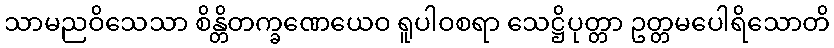
သာမညဝိသေသာ စိန္တိတက္ခဏေယေဝ ရူပါဝစရာ သေဋ္ဌိပုတ္တာ ဥတ္တမပေါရိသောတိ